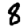
Digit: 8